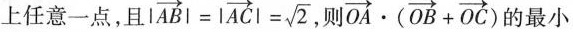
上任意一点，且 $$ $$\left | \overrightarrow { A B } \right | = \left | \overrightarrow { A C } \right | = \sqrt { 2 }$$$$，则$$\overrightarrow { O A } \cdot ( \overrightarrow { O B } + \overrightarrow { O C } )$$的最小